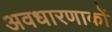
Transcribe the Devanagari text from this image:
अवधारणाकों